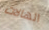
الهالات